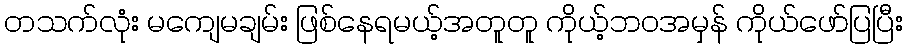
တသက်လုံး မကျေမချမ်း ဖြစ်နေရမယ့်အတူတူ ကိုယ့်ဘဝအမှန် ကိုယ်ဖော်ပြပြီး